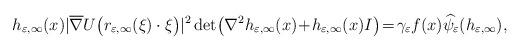
LaTeX: \begin{align*} {h_{\varepsilon,\infty}}(x) |\overline{\nabla}U\big(r_{\varepsilon,\infty}(\xi)\cdot\xi\big)|^2 \det\!\big(\nabla^2h_{\varepsilon,\infty}(x)\!+\! h_{\varepsilon,\infty}(x)I\big)\!=\!\gamma_{\varepsilon}f(x)\widehat{\psi}_\varepsilon(h_{\varepsilon,\infty}), \end{align*}